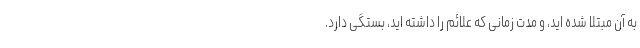
به آن مبتلا شده اید، و مدت زمانی که علائم را داشته اید، بستگی دارد.